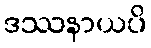
ဒဿနာယပိ